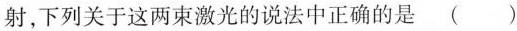
射，下列关于这两束激光的说法中正确的是 ()